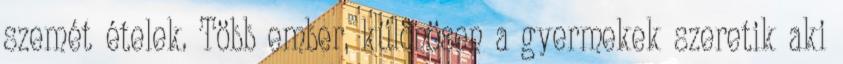
szemét ételek. Több ember, különösen a gyermekek szeretik aki